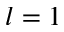
{ l } = 1